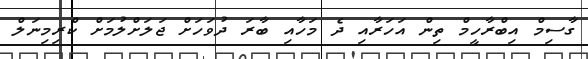
ގާސިމް އިބްރާހީމް ތިން އަހަރާއި ދެ މަހާއި ބާރަ ދުވަހަށް ޖަލަށްލުމަށް ކްރިމިނަލް